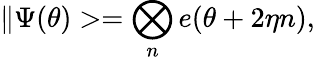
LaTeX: \| \Psi(\theta)>=\bigotimes_{n}e(\theta+2\eta n),